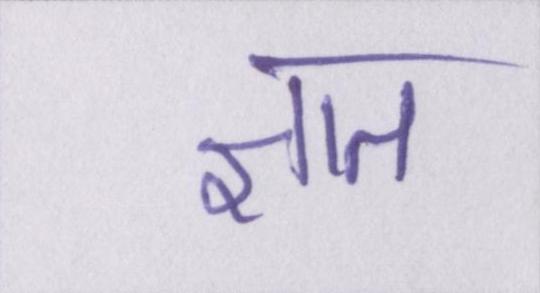
ज्ञात